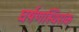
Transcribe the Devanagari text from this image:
घर्षणस्थिरांक